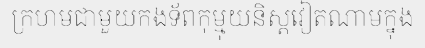
ក្រហមជាមួយកងទ័ពកុម្មុយនិស្តវៀតណាមក្នុង